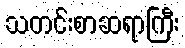
သတင်းစာဆရာကြီး